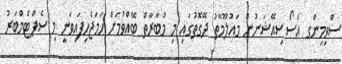
ސްވިމިންގ އެސޯސިއޭޝަނުން މައުލޫމާތު ދޭގޮތުގައި މި މުބާރާތް ބޭއްވުމަށް ހަމަޖެހިފައިވަނީ މި ސެޕްޓެމްބަރު